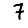
Digit: 7